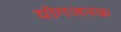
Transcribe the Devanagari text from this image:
योगजनक